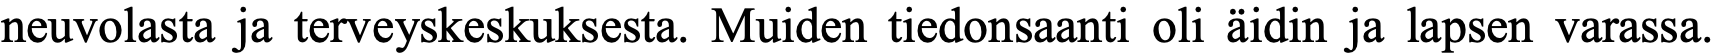
neuvolasta ja terveyskeskuksesta. Muiden tiedonsaanti oli äidin ja lapsen varassa.